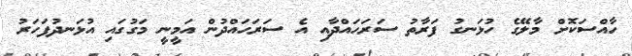
ހާއްސަކޮށް މާލޭގެ ހުޅަނގު ފަރާތު ސަރަހައްދާއި އެ ސަރަހައްދުން އަމީނީ މަގުގައި އުޅަނދުފަހަރު